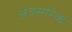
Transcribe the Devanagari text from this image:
अवसरिक